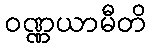
ဝဏ္ဏယာမီတိ